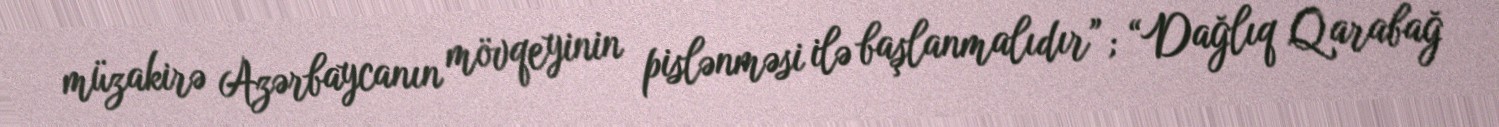
müzakirə Azərbaycanın mövqeyinin pislənməsi ilə başlanmalıdır”; “Dağlıq Qarabağ